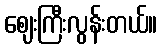
ဈေးကြီးလွန်းတယ်။